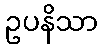
ဥပနိသာ